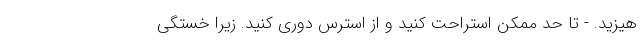
هیزید. - تا حد ممکن استراحت کنید و از استرس دوری کنید. زیرا خستگی